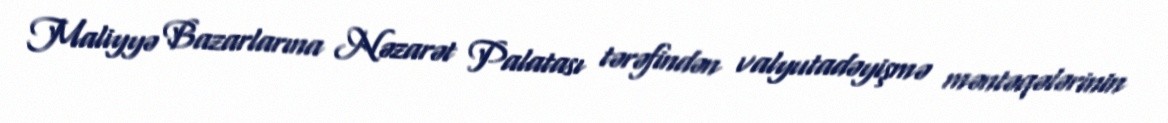
Maliyyə Bazarlarına Nəzarət Palatası tərəfindən valyutadəyişmə məntəqələrinin